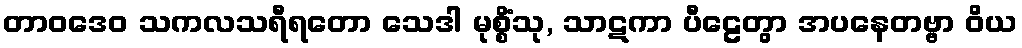
တာဝဒေဝ သကလသရီရတော သေဒါ မုစ္စိံသု, သာဋကာ ပီဠေတွာ အပနေတဗ္ဗာ ဝိယ